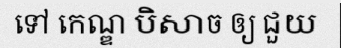
ទៅ កេណ្ឌ បិសាច ឲ្យ ជួយ